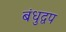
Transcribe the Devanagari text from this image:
बंधुद्वप